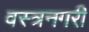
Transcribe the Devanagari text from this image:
वस्त्रनगरी